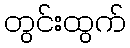
တွင်းထွက်